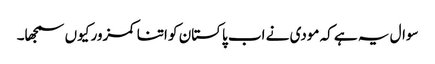
سوال یہ ہے کہ مودی نے اب پاکستان کو اتنا کمزور کیوں سمجھا۔